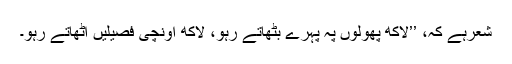
شعرہے کہ، ’’لاکھ پھولوں پہ پہرے بٹھاتے رہو، لاکھ اونچی فصیلیں اٹھاتے رہو۔